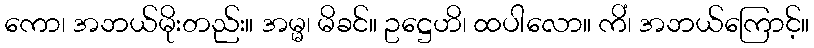
ကော၊ အဘယ်မိုးတည်း။ အမ္မ၊ မိခင်။ ဥဋ္ဌေဟိ၊ ထပါလော။ ကိံ၊ အဘယ်ကြောင့်။